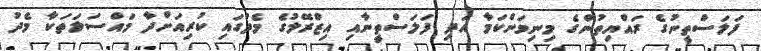
ފަލަސްތީނުގެ ރައްޔިތުންގެ މިނިވަންކަމާ އަދި ފަލަސްތީނާއި އިޒްރޭލުގެ މެދުގައި ކުރިއަށްދާ މައްސަލަތަކާ މެދު